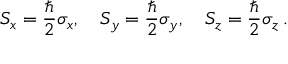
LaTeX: S _ { x } = { \frac { \hbar } { 2 } } \sigma _ { x } , \quad S _ { y } = { \frac { \hbar } { 2 } } \sigma _ { y } , \quad S _ { z } = { \frac { \hbar } { 2 } } \sigma _ { z } \, .